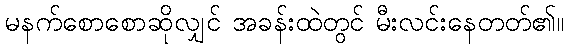
မနက်စောစောဆိုလျှင် အခန်းထဲတွင် မီးလင်းနေတတ်၏။